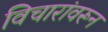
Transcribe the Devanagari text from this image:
विचारांवरून